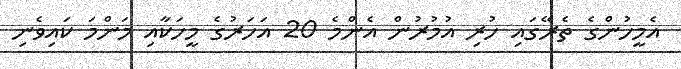
އެމީހުންގެ ތެރޭގައި ހުރި އުމުރުން އެންމެ 20 އަހަރުގެ މީހަކާއި މަންމަ ކައިވެނި